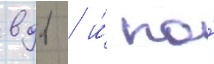
вдв / и́ по́